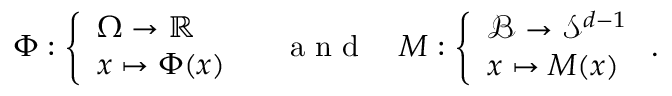
\Phi : \left\{ \begin{array} { l } { { \Omega } \rightarrow \mathbb { R } } \\ { { \boldsymbol { x } } \mapsto \Phi ( { \boldsymbol { x } } ) } \end{array} \right. \quad \mathrm { ~ a ~ n ~ d ~ } \quad { \boldsymbol { M } } : \left\{ \begin{array} { l } { { \mathcal { B } } \rightarrow { \mathcal { S } } ^ { d - 1 } } \\ { { \boldsymbol { x } } \mapsto { \boldsymbol { M } } ( { \boldsymbol { x } } ) } \end{array} \right. .